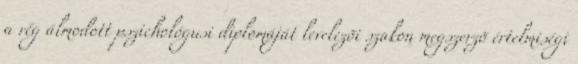
a rég álmodott pszichológusi diplomáját levelezõi szakon megszerzõ értelmiségi